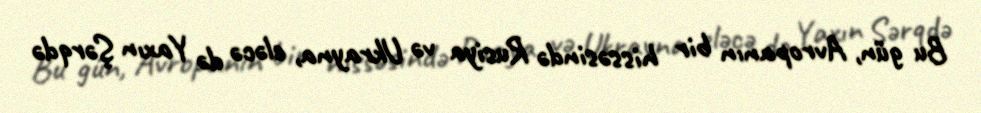
Bu gün, Avropanın bir hissəsində Rusiya və Ukrayna, eləcə də Yaxın Şərqdə